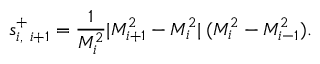
s _ { i , \ i + 1 } ^ { + } = \frac { 1 } { M _ { i } ^ { 2 } } | M _ { i + 1 } ^ { 2 } - M _ { i } ^ { 2 } | \: ( M _ { i } ^ { 2 } - M _ { i - 1 } ^ { 2 } ) .